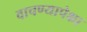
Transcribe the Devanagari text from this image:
वाचण्यापेक्षा